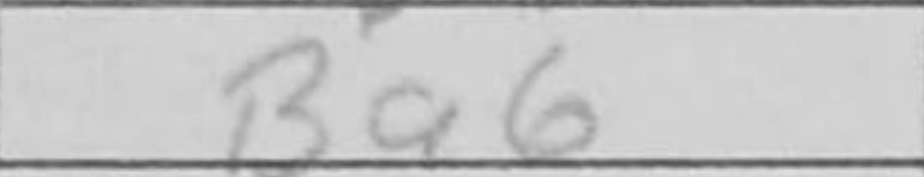
Transcription: Ba6